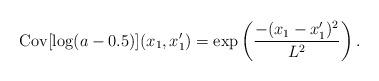
LaTeX: \begin{align*} \mathrm{Cov}[\log( a - 0.5)](x_1,x_1') = \exp\left(\frac{-(x_1-x_1')^2}{L^2}\right).\end{align*}